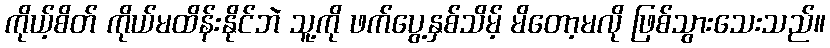
ကိုယ့်စိတ် ကိုယ်မထိန်းနိုင်ဘဲ သူ့ကို ဖက်ပွေ့နှစ်သိမ့် မိတော့မလို ဖြစ်သွားသေးသည်။